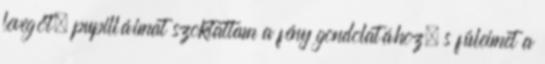
levegőt, pupilláimat szoktattam a fény gondolatához, s füleimet a